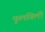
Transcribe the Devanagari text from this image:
फुलविली